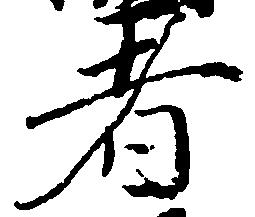
者